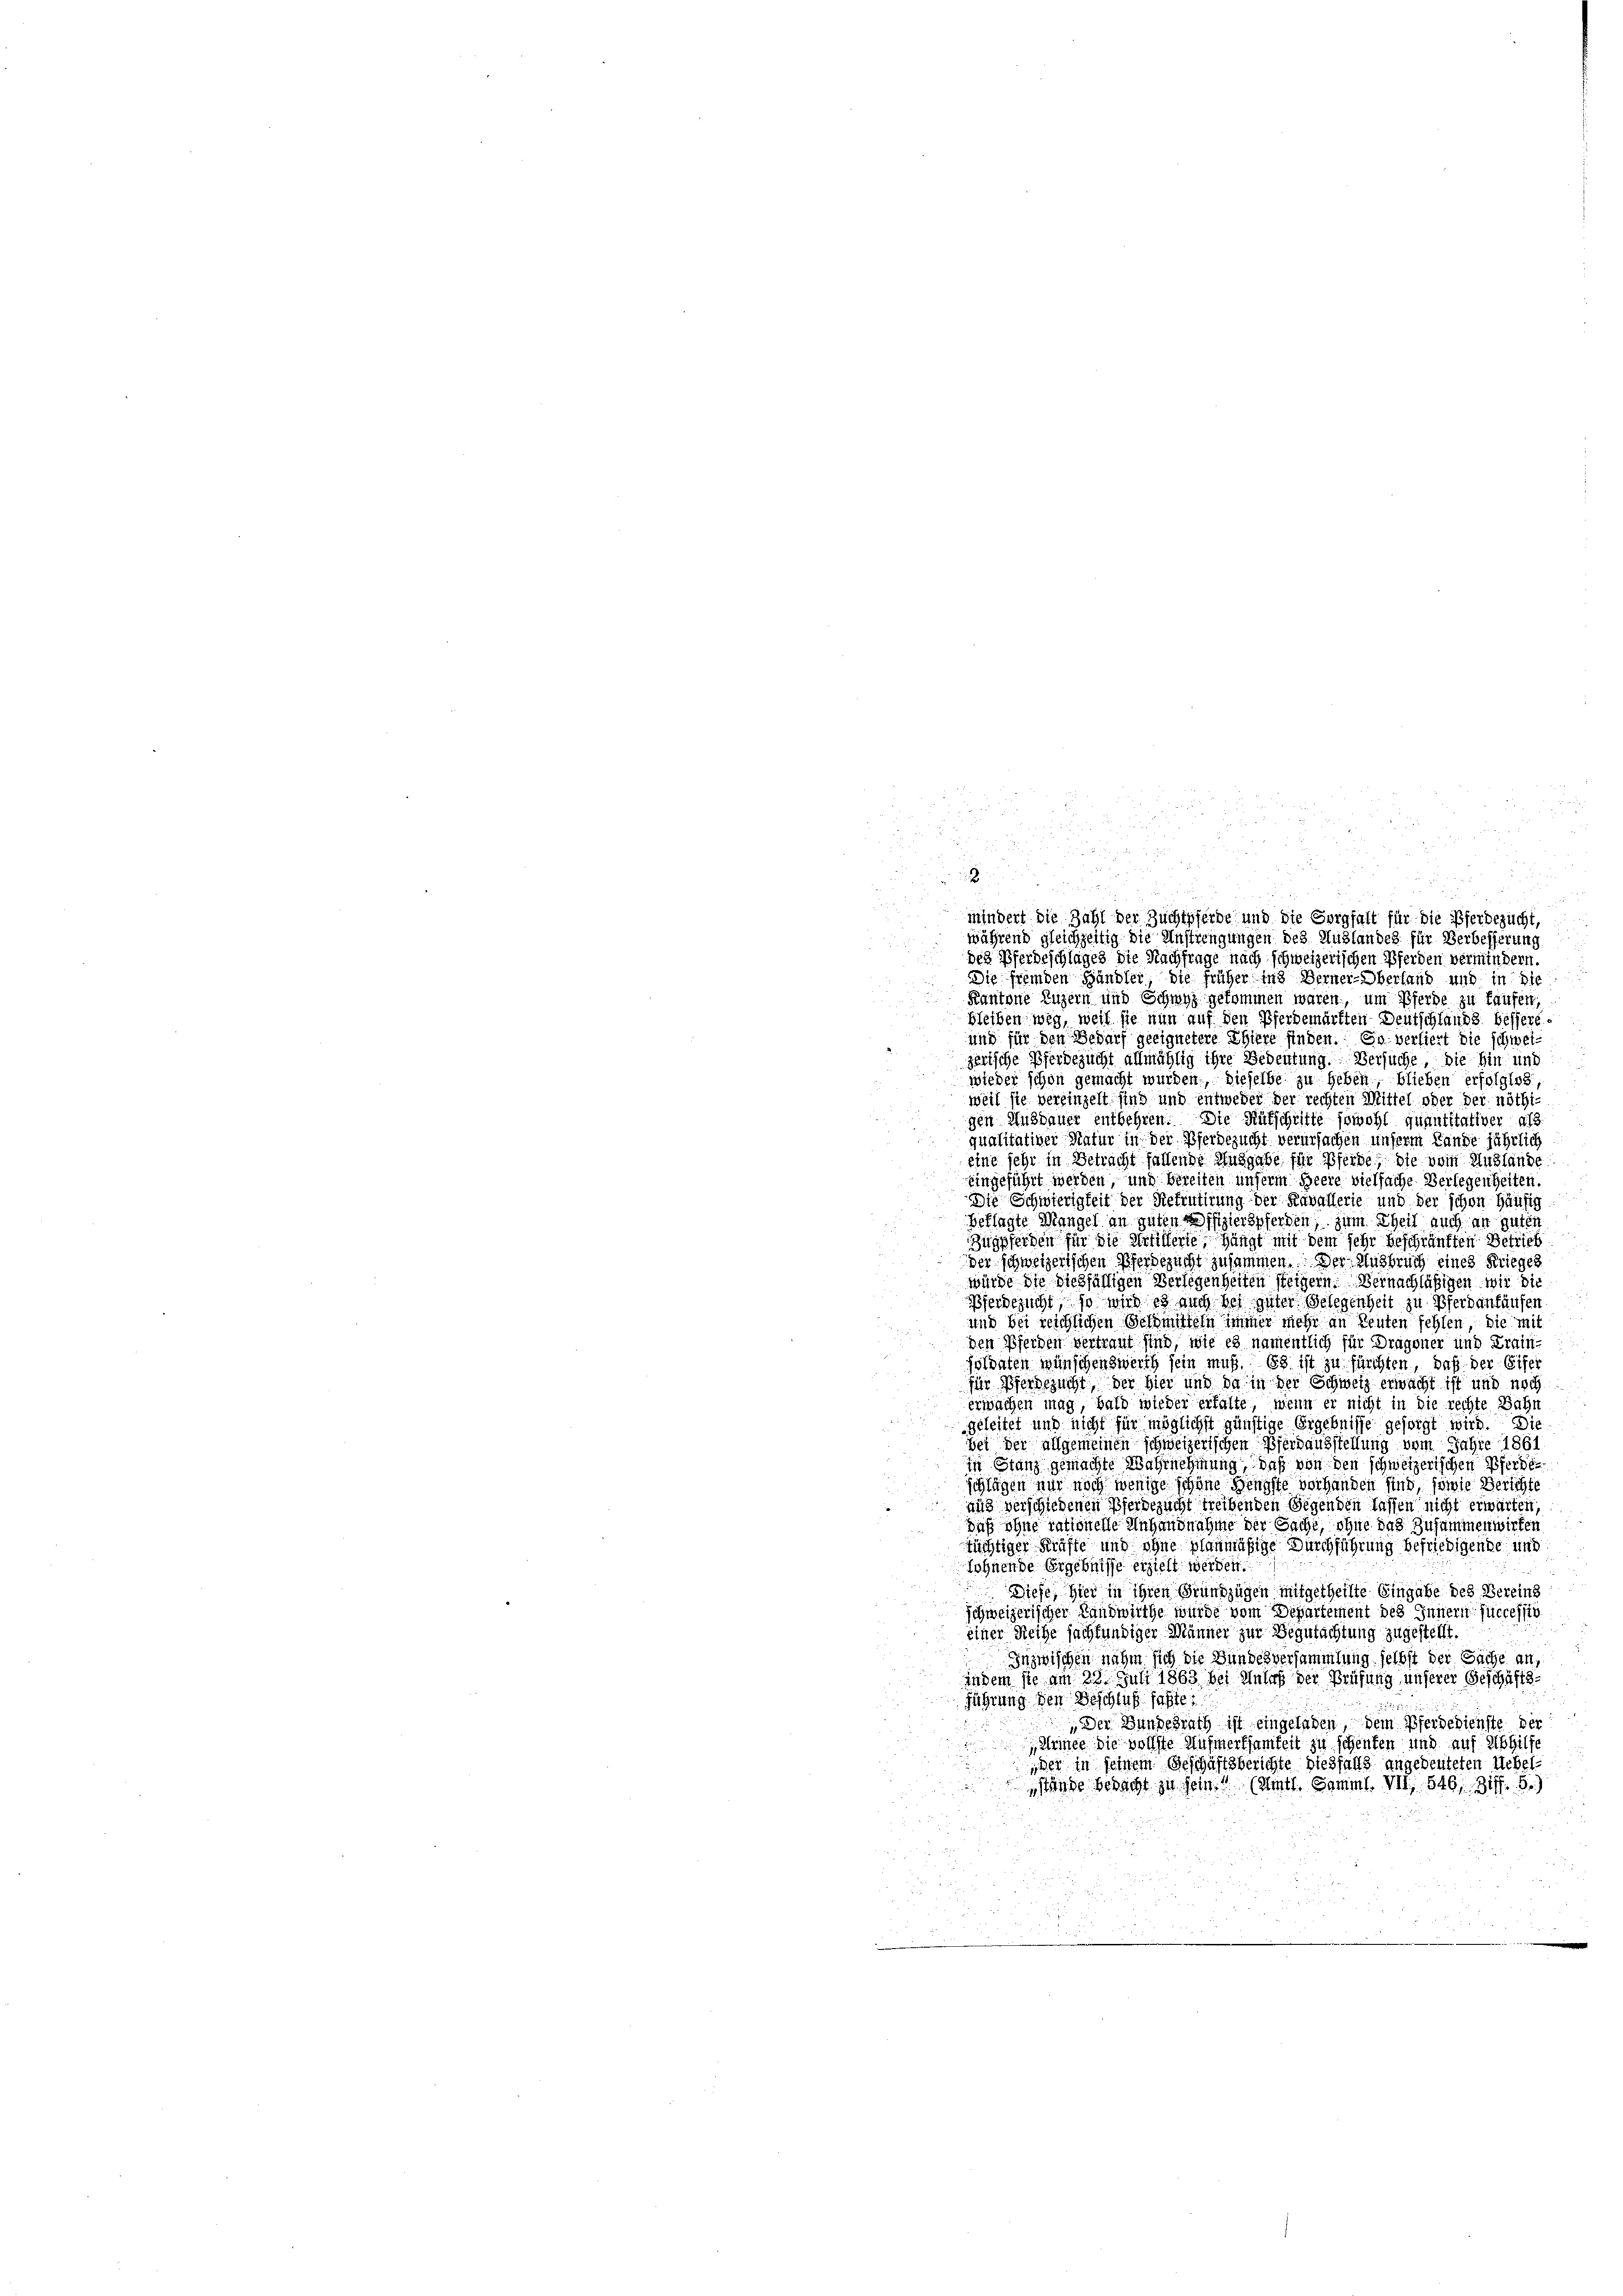
i

mindert die Zahl der Zuchtpferde und die Sorgfalt für die Pferdezucht,
während gleichzeitig die Anstrengungen des Auslandes für Verbesserung
des Pferdeschlages. Die Nachfrage nach schweizerischen Pferden vermindern.
Die fremden Händler die früher ins Berner-Oberland und in die
Kantone Luzern und Schwyz gekommen waren, um Pferde zu laufen,
bleiben weg, weil sie nun auf den Pferdemärkten Deutschlands. bessere.
und für den Bedarf geeignetere Thiere finden. So versiert die schweizerische Pferdezucht allmählig ihre Bedeutung. Versuche, die hin und
wieder schon gemacht wurden, dieselbe zu heben, blieben erfolglos,
weil sie vereinzelt sind und entweder der rechten Mittel oder der nöthi-
gen Ausdauer entbehren. Die Mutschritte sowohl quantitativer als
qualitativer Natur in der Pferdezucht verursachen unserm Lande jährlich
eine sehr in Betracht fallende Ausgabe für Pferde, die dein Auslände
eingeführt werden, und bereiten unserm Heere vielfache Verlegenheiten.
Die Schwierigkeit der Rekrutirung der Kavallerie und der schon häufig
beklagte Mangel an guten Offizierspferden, zum Theil auch an guten
Zugpferden für die errifferte, hängt mit dem sehr beschränkten Betrieb
der schweizerischen Pferdezucht zusammen. Der Ausbruch eines Krieges
würde die dießfälligen Verlegenheiten steigern. Vernachläßigen wir die
Pferdezucht, so wird es auch bei guter Gelegenheit zu Pferdankäufen
und bei reichlichen Geldmitteln immer mehr an Leuten fehlen, die mit
den Pferden vertraut sind, wie es namentlich für Dragoner und Krain-
soldaten wünschenswerth sein muß. Es ist zu fürchten, daß der Eifer
für Pferdezucht, der hier und da in der Schweiz erwacht ist und noch
erwachen mag, bald wieder erhalte, wenn er nicht in die rechte Bahn
geleitet und nicht für möglichst günstige Ergebnisse gesorgt wird. Die
bei der allgemeinen schweizerischen Pferdausstellung vom Jahre 1861
in Stanz gemachte Wahrnehmung, daß von den schweizerischen Pferden
schlägen nur noch wenige schöne Hengste vorhanden sind, sowie Berichte
aus verschiedenen Pferbezucht treibenden Gegenden lassen nicht erwärten,
Daß ohne rationelle Anhandnahme der Sache, ohne das Zusammenwirken
tüchtiger Kräfte und ohne planmäßige Durchführung befriedigende und
Sohnende Ergebnisse erzielt werden.
Diefe, hier in ihren Grundzügen mitgetheilte Eingabe des Vereins
schweizerischer Landwüthe wurde vom Departement des Innern successio
einer Reihe sachkundiger Männer zur Begutachtung zugestellt.
Inzwischen nahm sich die Bundesversammlung selbst der Sache an,
indem sie am 23. Juli 1863 bei Unter der Prüfung unserer Geschäfts-
führung den Beschluß faßte
Der Bundesrath ist eingeladen, dem Pferdeichste der
Kleiner die vollste Aufmerksamkeit zu schenten und auf Abhilfs
,der in seinem Geschäftsberichte diesfalls angedeuteten Uebel-
stände bedacht zu sein!! (Amtl. Samml. VII, 546, Ziff. 5.)